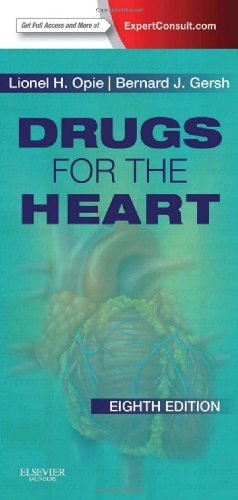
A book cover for Drugs for the Heart: Expert Consult - Online and Print, 8e; Lionel H. Opie MD  DPhiL  DSc  FRCP; Medical Books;